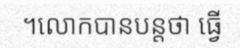
។លោកបានបន្តថា ធ្វើ